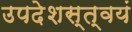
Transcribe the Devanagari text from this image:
उपदेशस्त्वयं